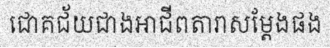
ជោគជ័យជាងអាជីពតារាសម្តែងផង